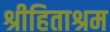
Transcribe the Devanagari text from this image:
श्रीहिताश्रम